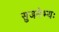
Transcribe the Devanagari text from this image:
सुजनेभ्यः